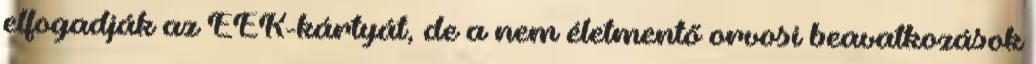
elfogadják az EEK-kártyát, de a nem életmentő orvosi beavatkozások